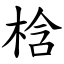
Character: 梒